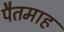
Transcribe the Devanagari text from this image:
पैतमाह